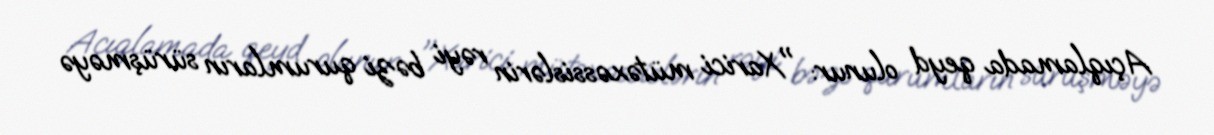
Açıqlamada qeyd olunur: "Xarici mütəxəssislərin rəyi bəzi qurumların sürüşməyə